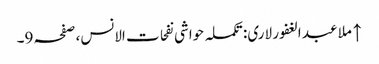
↑ ملا عبد الغفور لاری: تکملہ حواشی نفحات الانس، صفحہ 9۔